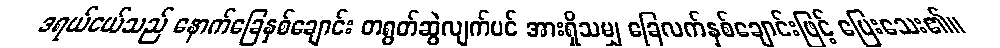
ဒရယ်ငယ်သည် နောက်ခြေနှစ်ချောင်း တရွတ်ဆွဲလျက်ပင် အားရှိသမျှ ခြေလက်နှစ်ချောင်းဖြင့် ပြေးသေး၏။